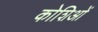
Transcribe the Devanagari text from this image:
कोशिओं